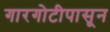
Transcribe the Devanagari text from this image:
गारगोटीपासून